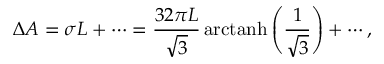
\Delta A = \sigma L + \cdots = \frac { 3 2 \pi L } { \sqrt { 3 } } \, \mathrm { a r c t a n h } \left( \frac { 1 } { \sqrt { 3 } } \right) + \cdots ,